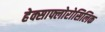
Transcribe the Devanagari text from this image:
हेक्साफ्लोरोसिलिक